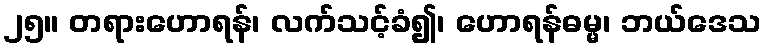
၂၅။ တရားဟောရန်၊ လက်သင့်ခံ၍၊ ဟောရန်ဓမ္မ၊ ဘယ်ဒေသ